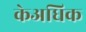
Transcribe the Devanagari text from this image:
केअधिक